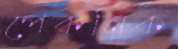
পেকনিক